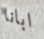
ابانا